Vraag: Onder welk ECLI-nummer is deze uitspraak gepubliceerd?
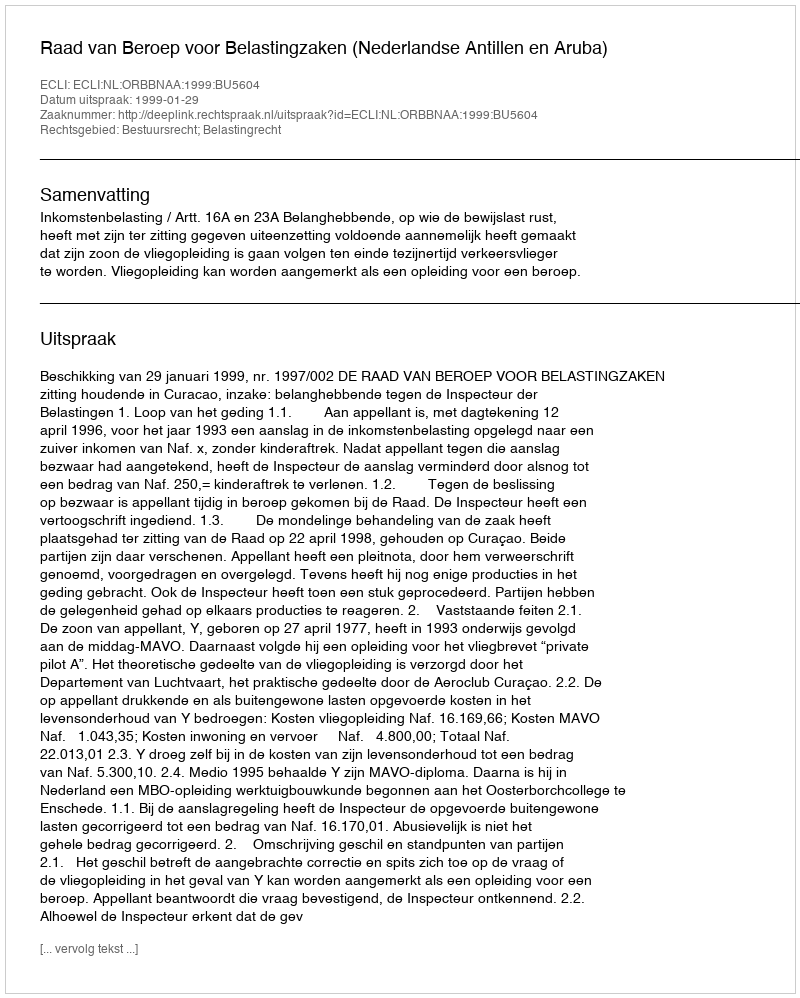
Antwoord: ECLI:NL:ORBBNAA:1999:BU5604